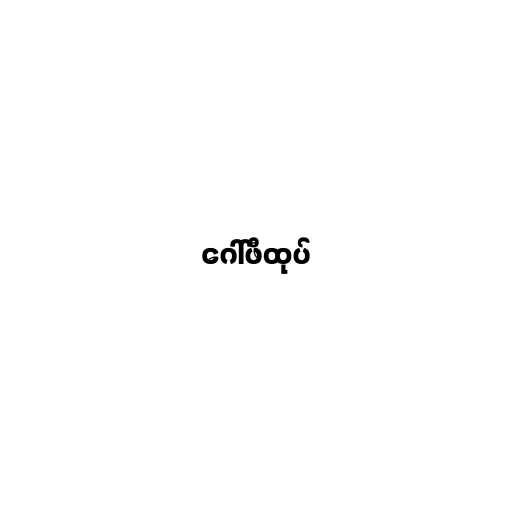
ဂေါ်ဖီထုပ်